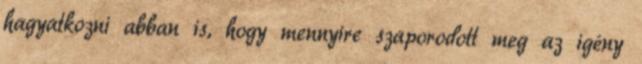
hagyatkozni abban is, hogy mennyire szaporodott meg az igény